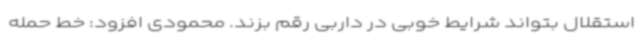
استقلال بتواند شرایط خوبی در داربی رقم بزند. محمودی افزود: خط حمله